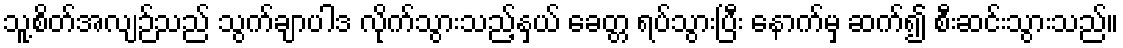
သူ့စိတ်အလျဉ်သည် သွက်ချာပါဒ လိုက်သွားသည့်နှယ် ခေတ္တ ရပ်သွားပြီး နောက်မှ ဆက်၍ စီးဆင်းသွားသည်။